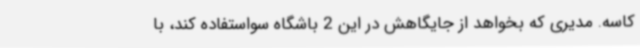
کاسه. مدیری که بخواهد از جایگاهش در این 2 باشگاه سواستفاده کند، با